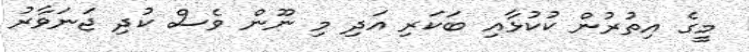
މީގެ އިތުރުން ކުކުޅާއި ބަކަރި އަދި މި ނޫން ވެސް ކުދި ޖަނަވާރު